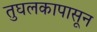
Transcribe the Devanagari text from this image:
तुघलकापासून